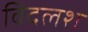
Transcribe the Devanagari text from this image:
विदलश